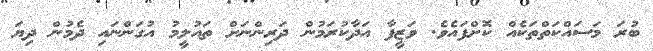
ބުރަ މަސައްކަތްތަކެއް ކޮށްފައެވެ. ވަޒީފާ އަދާކުރަމުން ދަރިންނަށް ތައުލީމު އުގަންނައި ދެމުން ދިޔަ